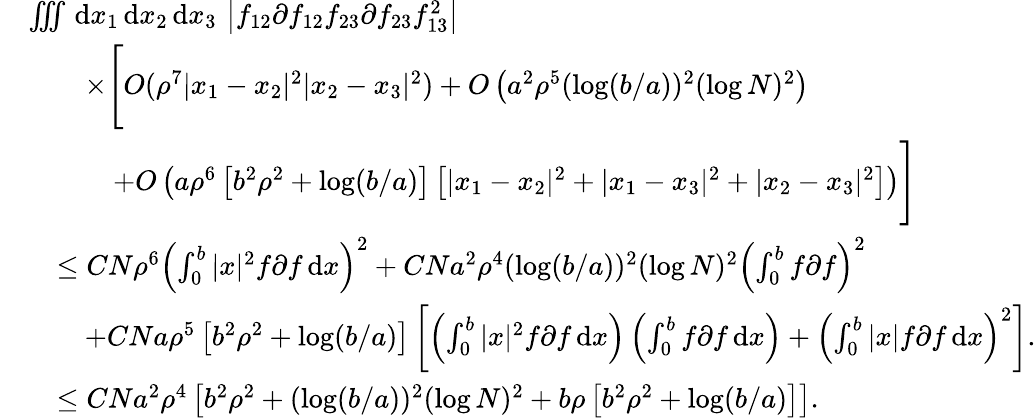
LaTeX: \begin{array}{rl}&{\iiint\, \textnormal{d}x_{1}\, \textnormal{d}x_{2}\, \textnormal{d}x_{3}\, \left\vert f_{12}\partial f_{12}f_{23}\partial f_{23}f_{13}^{2}\right\vert}\\ &{\qquad\times\Biggl[O(\rho^{7}|x_{1}-x_{2}|^{2}|x_{2}-x_{3}|^{2})+O\left(a^{2}\rho^{5}(\log(b/a))^{2}(\log N)^{2}\right)}\\ &{\qquad\quad+O\left(a\rho^{6}\left[b^{2}\rho^{2}+\log(b/a)\right]\left[|x_{1}-x_{2}|^{2}+|x_{1}-x_{3}|^{2}+|x_{2}-x_{3}|^{2}\right]\right)\Biggr]}\\ &{\quad\leq CN\rho^{6}\left(\int_{0}^{b}|x|^{2}f\partial f\, \textnormal{d}x\right)^{2}+CNa^{2}\rho^{4}(\log(b/a))^{2}(\log N)^{2}\left(\int_{0}^{b}f\partial f\right)^{2}}\\ &{\qquad+CNa\rho^{5}\left[b^{2}\rho^{2}+\log(b/a)\right]\left[\left(\int_{0}^{b}|x|^{2}f\partial f\, \textnormal{d}x\right)\left(\int_{0}^{b}f\partial f\, \textnormal{d}x\right)+\left(\int_{0}^{b}|x|f\partial f\, \textnormal{d}x\right)^{2}\right].}\\ &{\quad\leq CNa^{2}\rho^{4}\left[b^{2}\rho^{2}+(\log(b/a))^{2}(\log N)^{2}+b\rho\left[b^{2}\rho^{2}+\log(b/a)\right]\right].}\end{array}